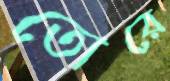
তোরে